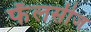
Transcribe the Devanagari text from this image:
फॅलसीज